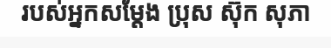
របស់អ្នកសម្តែង ប្រុស ស៊ុក សុភា